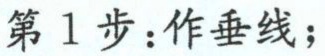
第 1 步：作垂线；